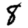
Digit: 8